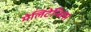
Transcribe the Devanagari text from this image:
मेलिटेन्सिस